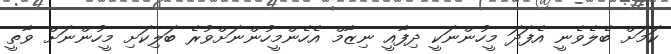
ކަމަށް ބެލެވެނީ އެފަދަ މީހުންނަކީ ދިފާއީ ނިޒާމް އެހެންމީހުންނަށްވުރެ ބަލިކަށި މީހުންނަށް ވާތީ